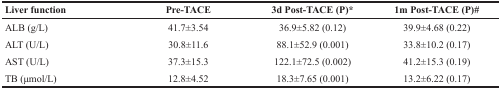
<table><thead><tr><td><b>Liver function</b></td><td><b>Pre-TACE</b></td><td><b>3d Post-TACE (P)*</b></td><td><b>1m Post-TACE (P)#</b></td></tr></thead><tbody><tr><td>ALB (g/L)</td><td>41.7±3.54</td><td>36.9±5.82 (0.12)</td><td>39.9±4.68 (0.22)</td></tr><tr><td>ALT (U/L)</td><td>30.8±11.6</td><td>88.1±52.9 (0.001)</td><td>33.8±10.2 (0.17)</td></tr><tr><td>AST (U/L)</td><td>37.3±15.3</td><td>122.1±72.5 (0.002)</td><td>41.2±15.3 (0.19)</td></tr><tr><td>TB (μmol/L)</td><td>12.8±4.52</td><td>18.3±7.65 (0.001)</td><td>13.2±6.22 (0.17)</td></tr></tbody></table>